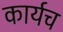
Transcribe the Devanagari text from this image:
कार्यच